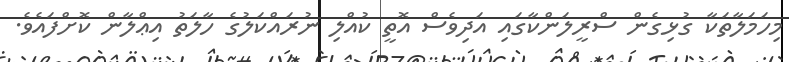
މިހަމަލާތަކާ ގުޅިގެން ސްރީލަންކާގައި އަދިވެސް އޮތީ ކުއްލި ނުރައްކަލުގެ ހާލަތު އިޢްލާން ކޮށްފައެވެ.